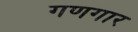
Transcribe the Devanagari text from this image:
गणगार